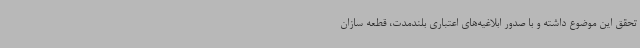
تحقق این موضوع داشته و با صدور ابلاغیه‌های اعتباری بلندمدت، قطعه سازان